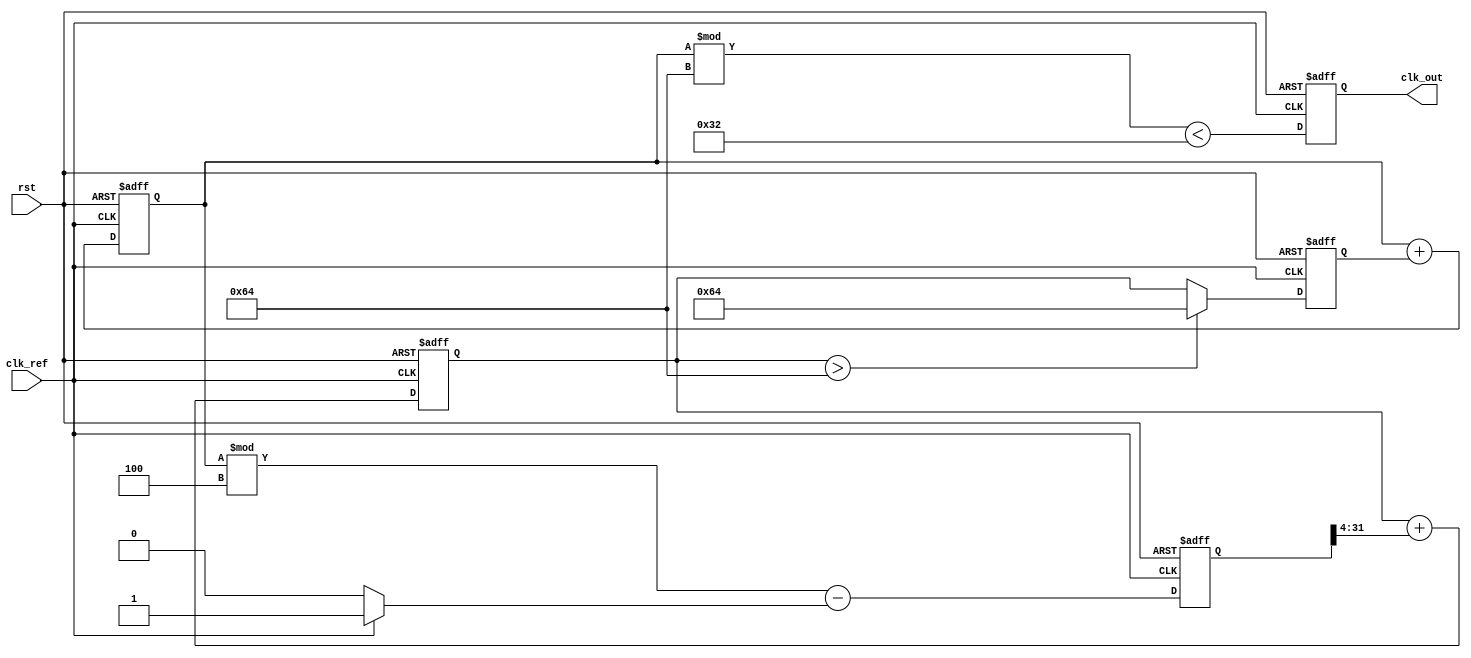
module pll (
    input wire clk_ref,          // Reference clock input
    input wire rst,              // Reset signal
    output reg clk_out           // Output clock signal
);

    // Parameters for tuning
    parameter integer DIV_FACTOR = 4; // Divide factor for feedback
    parameter integer FILTER_TAP = 4;  // Example filter parameter
    parameter integer VCO_MAX_FREQ = 100; // Max VCO frequency (arbitrary units)

    // Internal signals
    reg [31:0] phase_error;        // Phase error signal
    reg [31:0] control_voltage;    // Control voltage from loop filter
    reg [31:0] vco_freq;           // VCO frequency
    reg [31:0] vco_output_counter;  // Counter for VCO output signal
    reg [31:0] feedback_divider;   // Feedback divider

    // Phase Detector
    always @(posedge clk_ref or posedge rst) begin
        if (rst) begin
            phase_error <= 0;
        end else begin
            // Example phase error calculation (simplified)
            phase_error <= (vco_output_counter % DIV_FACTOR) - (clk_ref ? 1 : 0);
        end
    end

    // Loop Filter (simple integration)
    always @(posedge clk_ref or posedge rst) begin
        if (rst) begin
            control_voltage <= 0;
        end else begin
            control_voltage <= control_voltage + (phase_error >> FILTER_TAP);
        end
    end

    // Voltage-Controlled Oscillator (VCO)
    always @(posedge clk_ref or posedge rst) begin
        if (rst) begin
            vco_freq <= 0;
            vco_output_counter <= 0;
            clk_out <= 0;
        end else begin
            // Adjust the VCO frequency based on the control voltage
            vco_freq <= (control_voltage > VCO_MAX_FREQ) ? VCO_MAX_FREQ : control_voltage;
            vco_output_counter <= vco_output_counter + vco_freq;

            // Generate the output clock based on the VCO output counter
            clk_out <= (vco_output_counter % VCO_MAX_FREQ < (VCO_MAX_FREQ >> 1));
        end
    end

    // Feedback Divider (simplified, depends on your specific application)
    always @(posedge clk_ref or posedge rst) begin
        if (rst) begin
            feedback_divider <= 0;
        end else begin
            feedback_divider <= (feedback_divider + 1) % DIV_FACTOR;
        end
    end

endmodule